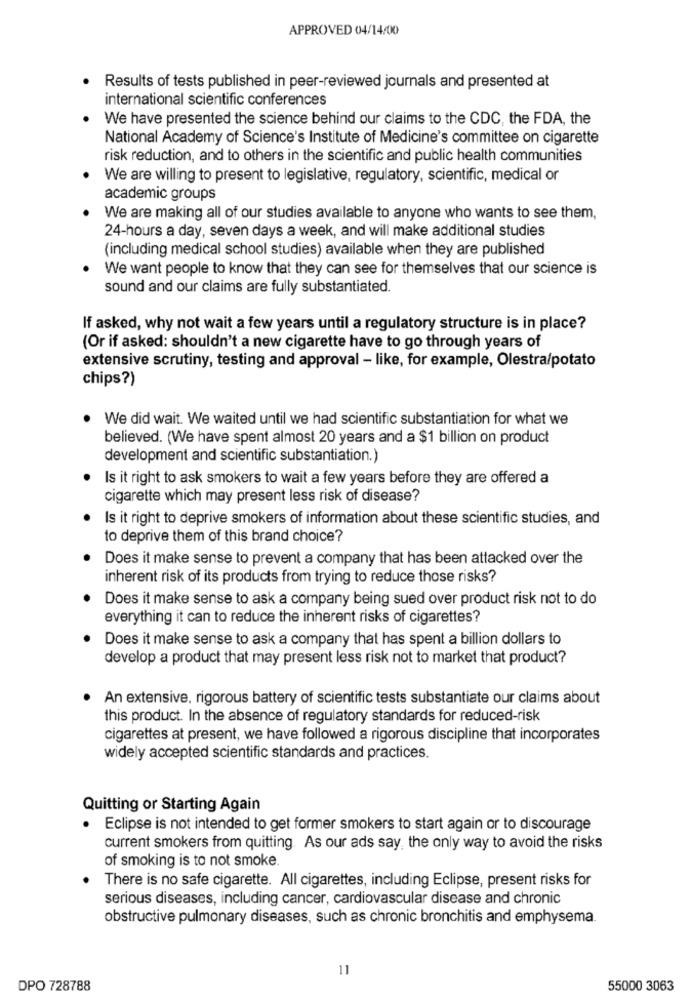
APPROVED 04/14/00
Results of tests published in peer-reviewed journals and presented at
international scientific conferences
We have presented the science behind our claims to the CDC, the FDA, the
National Academy of Science's Institute of Medicine's committee on cigarette
risk reduction, and to others in the scientific and public health communities
We are willing to present to legislative, regulatory, scientific, medical or
academic groups
We are making all of our studies available to anyone who wants to see them,
24-hours a day, seven days a week, and will make additional studies
(including medical school studies) available when they are published
We want people to know that they can see for themselves that our science is
sound and our claims are fully substantiated.
If asked, why not wait a few years until a regulatory structure is in place?
(Or if asked: shouldn't a new cigarette have to go through years of
extensive scrutiny, testing and approval - like, for example, Olestra/potato
chips?)
We did wait. We waited until we had scientific substantiation for what we
believed. (We have spent almost 20 years and a $1 billion on product
development and scientific substantiation.)
Is it right to ask smokers to wait a few years before they are offered a
cigarette which may present less risk of disease?
Is it right to deprive smokers of information about these scientific studies, and
to deprive them of this brand choice?
Does it make sense to prevent a company that has been attacked over the
inherent risk of its products from trying to reduce those risks?
Does it make sense to ask a company being sued over product risk not to do
everything it can to reduce the inherent risks of cigarettes?
Does it make sense to ask a company that has spent a billion dollars to
develop a product that may present less risk not to market that product?
An extensive, rigorous battery of scientific tests substantiate our claims about
this product. In the absence of regulatory standards for reduced-risk
cigarettes at present, we have followed a rigorous discipline that incorporates
widely accepted scientific standards and practices.
Quitting or Starting Again
· Eclipse is not intended to get former smokers to start again or to discourage
current smokers from quitting. As our ads say, the only way to avoid the risks
of smoking is to not smoke.
There is no safe cigarette. All cigarettes, including Eclipse, present risks for
serious diseases, including cancer, cardiovascular disease and chronic
obstructive pulmonary diseases, such as chronic bronchitis and emphysema.
11
DPO 728788
55000 3063